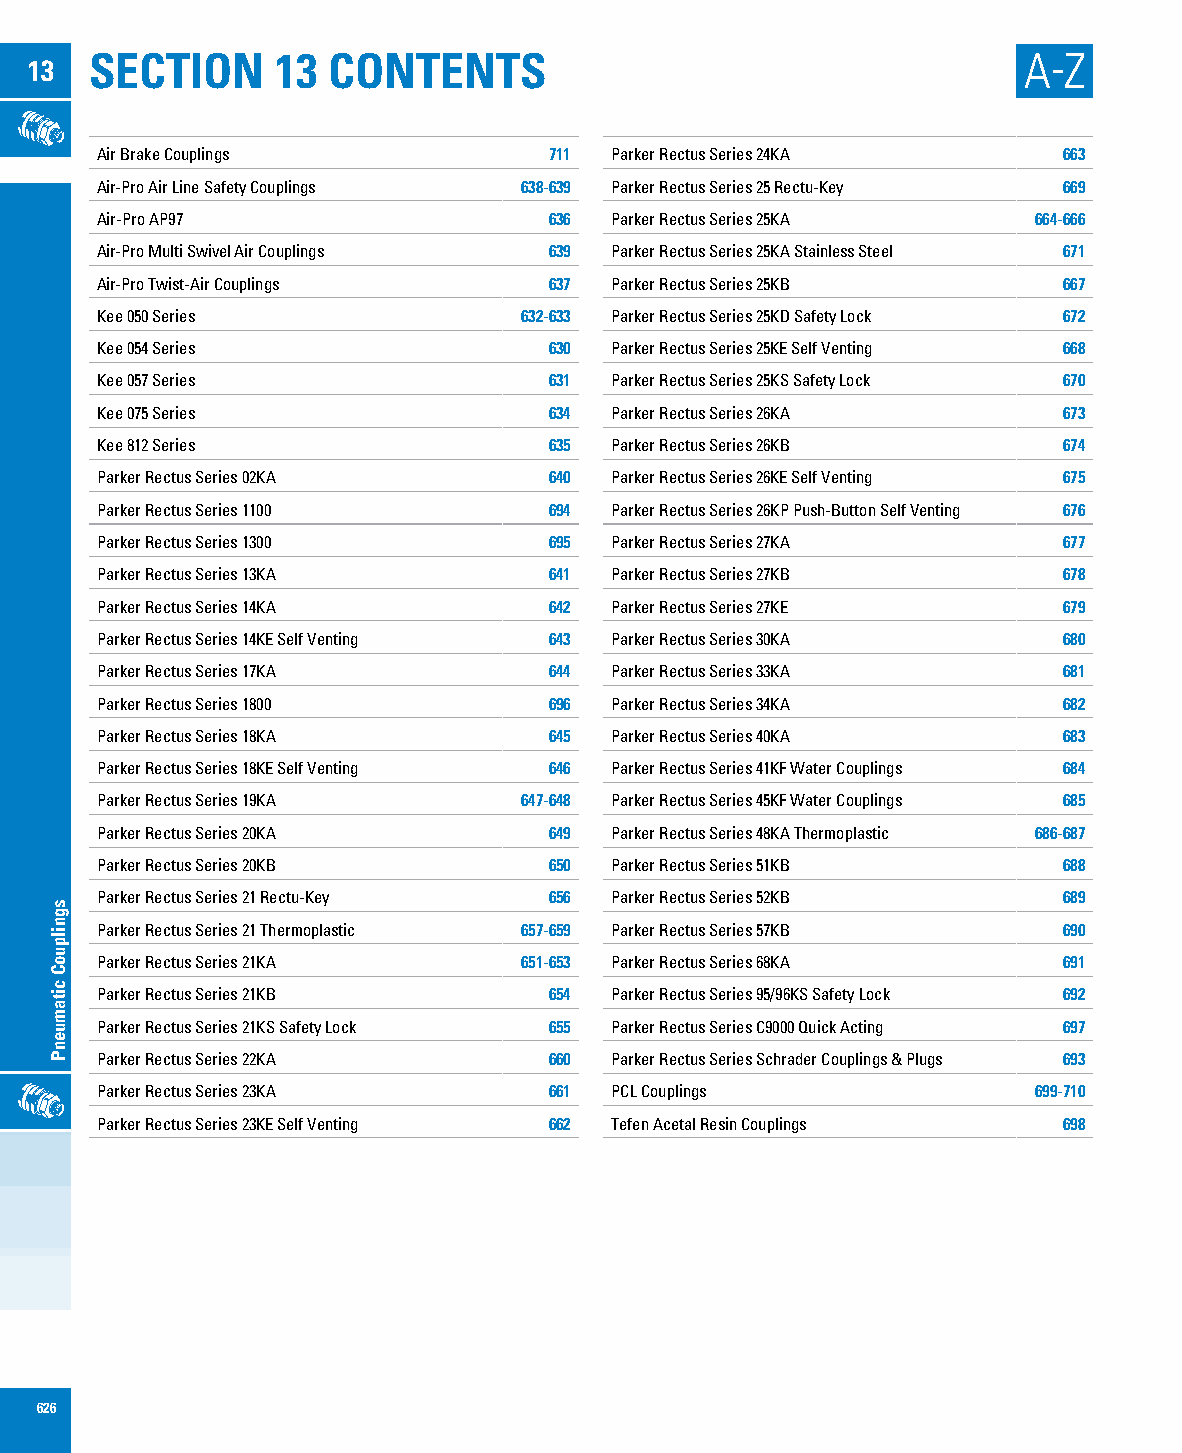
SECTION     13  CONTENTS                                      A-Z
 13
 Air Brake Couplings           711 Parker Rectus Series 24KA     663
 Air-Pro Air Line Safety Couplings 638-639 Parker Rectus Series 25 Rectu-Key 669
 Air-Pro AP97                  636 Parker Rectus Series 25KA   664-666
 Air-Pro Multi Swivel Air Couplings 639 Parker Rectus Series 25KA Stainless Steel 671
 Air-Pro Twist-Air Couplings   637 Parker Rectus Series 25KB     667
 Kee 050 Series              632-633 Parker Rectus Series 25KD Safety Lock 672
 Kee 054 Series                630 Parker Rectus Series 25KE Self Venting 668
 Kee 057 Series                631 Parker Rectus Series 25KS Safety Lock 670
 Kee 075 Series                634 Parker Rectus Series 26KA     673
 Kee 812 Series                635 Parker Rectus Series 26KB     674
 Parker Rectus Series 02KA     640 Parker Rectus Series 26KE Self Venting 675
 Parker Rectus Series 1100     694 Parker Rectus Series 26KP Push-Button Self Venting 676
 Parker Rectus Series 1300     695 Parker Rectus Series 27KA     677
 Parker Rectus Series 13KA     641 Parker Rectus Series 27KB     678
 Parker Rectus Series 14KA     642 Parker Rectus Series 27KE     679
 Parker Rectus Series 14KE Self Venting 643 Parker Rectus Series 30KA 680
 Parker Rectus Series 17KA     644 Parker Rectus Series 33KA     681
 Parker Rectus Series 1800     696 Parker Rectus Series 34KA     682
 Parker Rectus Series 18KA     645 Parker Rectus Series 40KA     683
 Parker Rectus Series 18KE Self Venting 646 Parker Rectus Series 41KF Water Couplings 684
 Parker Rectus Series 19KA   647-648 Parker Rectus Series 45KF Water Couplings 685
 Parker Rectus Series 20KA     649 Parker Rectus Series 48KA Thermoplastic 686-687
 Parker Rectus Series 20KB     650 Parker Rectus Series 51KB     688
 Parker Rectus Series 21 Rectu-Key 656 Parker Rectus Series 52KB 689
 Parker Rectus Series 21 Thermoplastic 657-659 Parker Rectus Series 57KB 690
 Parker Rectus Series 21KA   651-653 Parker Rectus Series 68KA   691
 Parker Rectus Series 21KB     654 Parker Rectus Series 95/96KS Safety Lock 692
 Parker Rectus Series 21KS Safety Lock 655 Parker Rectus Series C9000 Quick Acting 697
 Parker Rectus Series 22KA     660 Parker Rectus Series Schrader Couplings & Plugs 693
 Parker Rectus Series 23KA     661 PCL Couplings               699-710
 Parker Rectus Series 23KE Self Venting 662 Tefen Acetal Resin Couplings 698
 626
 sgnilpuoC
 citamuenP